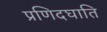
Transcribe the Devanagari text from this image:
प्रणिदघाति